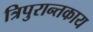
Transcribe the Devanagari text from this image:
त्रिपुरान्तकाय